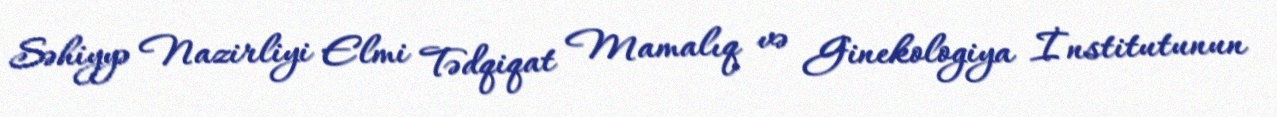
Səhiyyə Nazirliyi Elmi Tədqiqat Mamalıq və Ginekologiya İnstitutunun